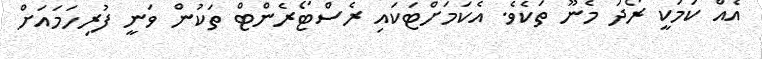
އެއް ކަމަކީ ރޯދަ މެނޫ ތަކެވެ. އެކަމަށްޓަކައި ރެސްޓޯރެންޓް ތަކުން ވަނީ ފުރިހަމައަށް